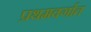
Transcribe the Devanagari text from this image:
प्रथमवर्गात